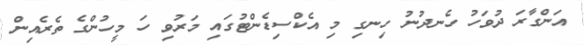
އަންގާރަ ދުވަހު ހެނދުނު ހިނގި މި އެކްސިޑެންޓުގައި މަރުވި ހަ މީހުންގެ ތެރެއިން